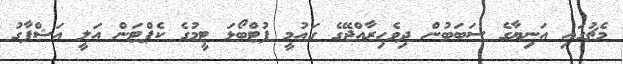
މެޗުގައި އަނިޔާގެ ސަބަބުން ދިވެހިރާއްޖޭގެ ގައުމީ ފުޓްބޯޅަ ޓީމުގެ ކެޕްޓަން އަލީ އަޝްފާގު